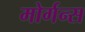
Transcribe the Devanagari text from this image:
मोर्गन्स